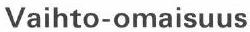
Vaihto-omaisuus